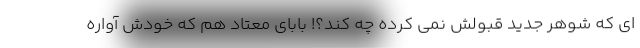
ای که شوهر جدید قبولش نمی کرده چه کند؟! بابای معتاد هم که خودش آواره